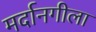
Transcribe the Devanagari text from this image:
मर्दानगीला